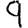
Digit: 9